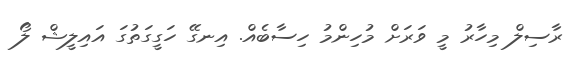
ރާސިލް މިހާރު މީ ވަރަށް މުހިންމު ހިސާބެއް. އިނގޭ ހަގީގަތުގަ އައިލީޝް ލޯ